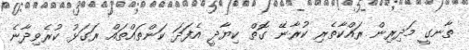
ތާނގީ މަދިރިން ރައްކާތެރި ކުރާނޭ ގޮތް ކިޔާދީ އެފަދަ ކަންތައްތައް ރަގަޅު ކުރެވިދާނެ